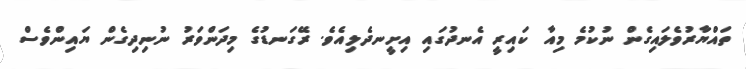
ތައްޔާރުވެލައިގެން ނުކުމެ މިއާ ކައިރީ އެނދުގައި އިށީނދެލިއެވެ. ރޭގަނޑުގެ މިދަންވަރު ނުނިދިގެން ޔައިންވެސް